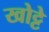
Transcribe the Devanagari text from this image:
खोट्टे